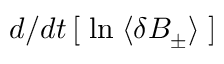
d / d t \left[ \; \mathrm { l n } \; \langle \delta B _ { \pm } \rangle \; \right]